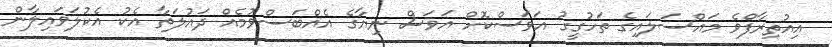
އިއުތިރާފްވެ މައްސަލައިގެ ތަހުގީގު އަވަސްކޮށް އަވަސް ނިޔާގެ އެއްބަސްވުމެއް ދައުލަތާ އެކު އެކުލަވައިލާން